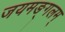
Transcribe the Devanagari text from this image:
जयमङ्गलम्‌